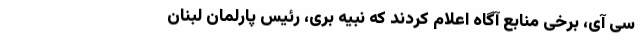
سی آی، برخی منابع آگاه اعلام کردند که نبیه بری، رئیس پارلمان لبنان